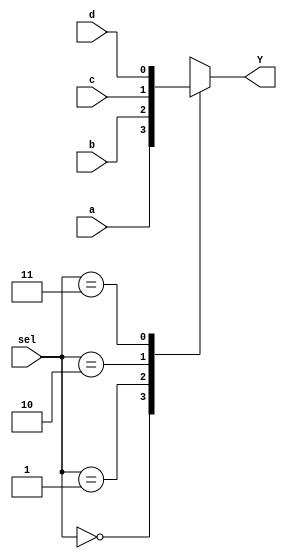
module mux4_1(input a,b,c,d,
              input[1:0] sel,
              output reg Y);
  always@(*)
    begin
      case(sel)
        2'h0:Y=a;
        2'h1:Y=b;
        2'h2:Y=c;
        2'h3:Y=d;
        default:$display("invalid sel input");
      endcase
    end
endmodule